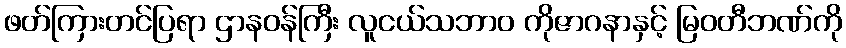
ဖတ်ကြားတင်ပြရာ ဌာနဝန်ကြီး လူငယ်သဘာ၀ ကိုဇာဂနာနှင့် မြဝတီဘဏ်ကို